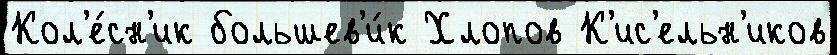
Кол'е́сн'ик большев'и́к Хлопов К'ис'ельн'иков